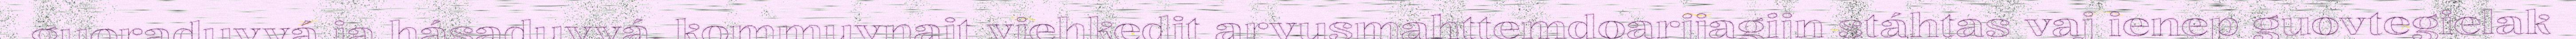
guoraduvvá ja hásaduvvá, kommuvnajt viehkedit arvusmahttemdoarjjagijn stáhtas vaj ienep guovtegielak